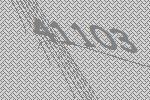
41103